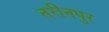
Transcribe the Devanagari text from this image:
तरीनपुर